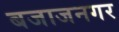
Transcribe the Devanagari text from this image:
बजाजनगर